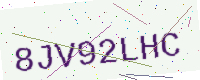
Text: 8JV92LHC